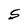
Character: S